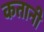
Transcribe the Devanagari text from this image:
कतानी